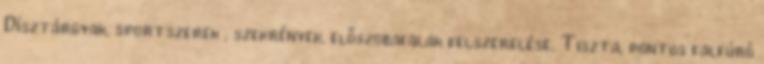
Dísztárgyak, sportszerek , szekrények, előszobafalak felszerelése. Tiszta, pontos falfúró